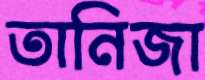
তানিজা